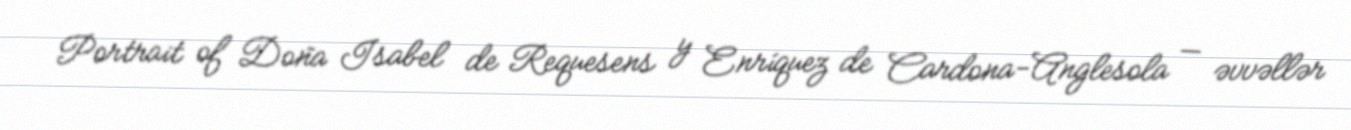
Portrait of Doña Isabel de Requesens y Enríquez de Cardona-Anglesola — əvvəllər